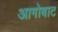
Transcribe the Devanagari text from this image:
आगोबाट